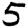
Digit: 5